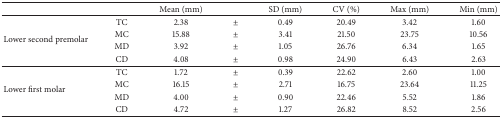
<table><thead><tr><td></td><td><b> </b></td><td><b>Mean (mm)</b></td><td><b> </b></td><td><b>SD (mm)</b></td><td><b>CV (%)</b></td><td><b>Max (mm)</b></td><td><b>Min (mm)</b></td></tr></thead><tbody><tr><td rowspan="4">Lower second premolar</td><td>TC</td><td>2.38</td><td>±</td><td>0.49</td><td>20.49</td><td>3.42</td><td>1.60</td></tr><tr><td>MC</td><td>15.88</td><td>±</td><td>3.41</td><td>21.50</td><td>23.75</td><td>10.56</td></tr><tr><td>MD</td><td>3.92</td><td>±</td><td>1.05</td><td>26.76</td><td>6.34</td><td>1.65</td></tr><tr><td>CD</td><td>4.08</td><td>±</td><td>0.98</td><td>24.90</td><td>6.43</td><td>2.63</td></tr><tr><td rowspan="4">Lower first molar</td><td>TC</td><td>1.72</td><td>±</td><td>0.39</td><td>22.62</td><td>2.60</td><td>1.00</td></tr><tr><td>MC</td><td>16.15</td><td>±</td><td>2.71</td><td>16.75</td><td>23.64</td><td>11.25</td></tr><tr><td>MD</td><td>4.00</td><td>±</td><td>0.90</td><td>22.46</td><td>5.52</td><td>1.86</td></tr><tr><td>CD</td><td>4.72</td><td>±</td><td>1.27</td><td>26.82</td><td>8.52</td><td>2.56</td></tr></tbody></table>